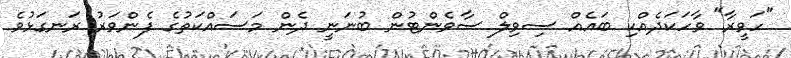
"ހަވީރާ" ވާހަކަދެއްކި ބައެއް ސިވިލް ސާވެންޓުން ބުނަނީ ދެން މަސައްކަތުގެ ފެންވަރު ރަނގަޅުވެ